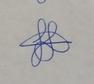
Signature authenticity: genuine